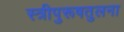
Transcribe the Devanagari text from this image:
स्त्रीपुरूषतुलना